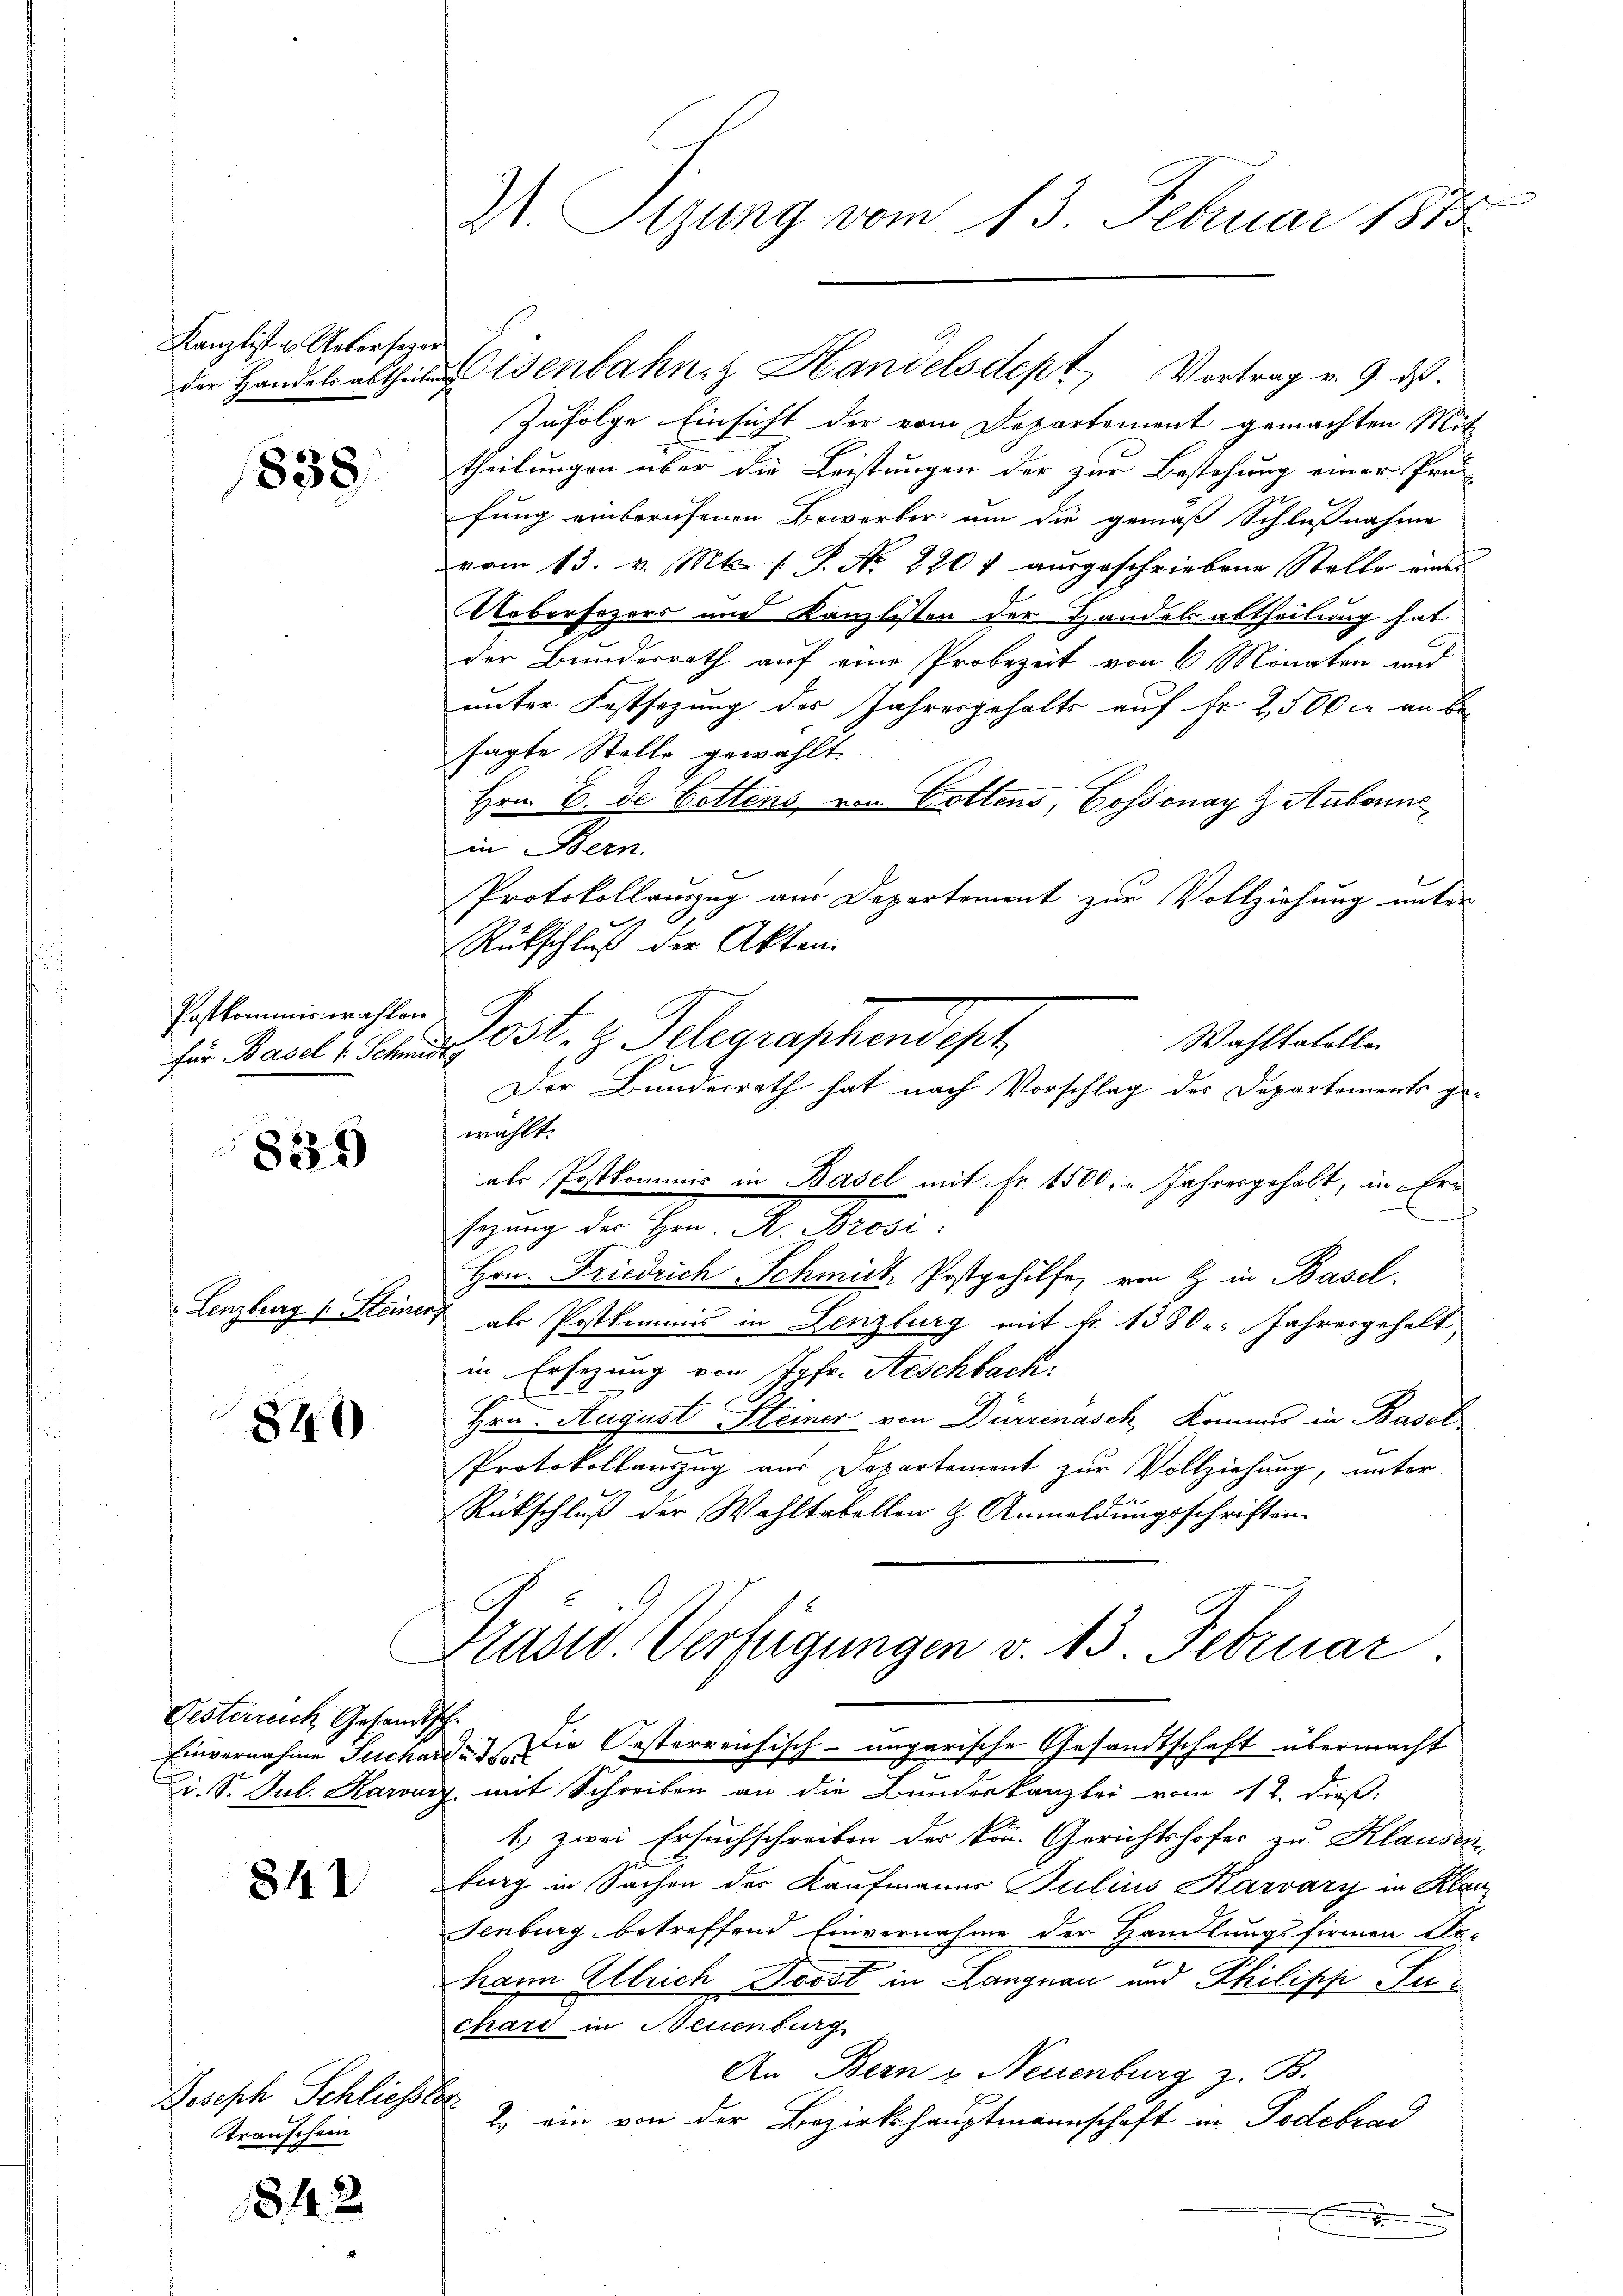
Kanzlist u. Uebersezer
der Handels abtheilen

1838.

Postkommiswahlen
für Basel 1 Schmid

839)

Lenzburg 1. Steiner

840

Gesterreich Gesandtsch.

842

t

Joseph Schliesstr
Transchein

1842

X. Tigung vom 13. Februar 1873

Zufolge Einsicht der vom Departement gemachten Mit
theilungen über die Leistungen der zur Bestehung einer Prä-
fung einberufenen Bewerber um die gemäß Schlußnahme
vom 13. v. Mts. (T. No 220 f ausgeschriebene Stelle eine
Uebersezers und Kanzlisten der Handelsabtheilung hat
der Bunderrath auf eine Probezeit von 6 Monaten und
unter Festsezung des Jahresgehalts auf Fr. 2500 M an be-
sagte Stelle gewählt.
Hrn. B. de Gottens von Gottens, Cossonay z Aubonne
in Bern.
Protokollauszug aus Departement zur Vollziehung unter
Rückschluß der Akten.
E
wählt.
als Postkommis in Basel mit Fr. 1500, „ Jahresgehalt, in Erf
sezung der Hrn. A. Brosi:
Hrn. Friedrich Schmidt, Postgehilfe, von G. in Basel.
als Postkommis in Lenzburg mit Fr. 1380 Jahresgehalt,
in Ersezung von Jgfr. Aeschbach:
Hrn. August Steiner von Dürrenasch kommes in Basel
Protokollanzug aus Departement zur Vollziehung, unter
Rückschluß der Wahltabellen & Anmeldungsschriften
Präsid. Verfügungen v. 13. Februar
Einvernahme Juchard die Oesterreichisch-ungarische Gesandtschaft übermacht
Dr. S. Jul. Kararz mit Schreiben an die Bundeskanzlei vom 12. dieß,
1) zwei Ersuchschreiben der kon. Gerichtshofer zu Klausen,
burg in Sachen der Kaufmanner Julius Karváry in Klau
Senburg betreffend Einvernahme der Handlungsfirmen De-
hann Alleich Dorot in Langnau und Philipp Juchari in Neuenburg
An Bern v. Neuenburg z. B.
2) ein von der Bezirkshauptmannschaft in Podebrac
Be
w

Eisenbahn. Handelsdept Vortrag v. 9. ds.

Post. I. Belegraphendept
Wahltabeller
Der Bundesrath hat nach Vorschlag des Departements ge-